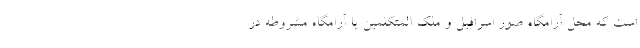
است که محل آرامگاه صور اسرافیل و ملک المتکلمین یا آرامگاه مشروطه در